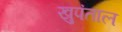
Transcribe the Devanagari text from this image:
खुपंताल